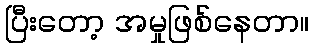
ပြီးတော့ အမှုဖြစ်နေတာ။